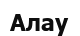
Алау